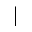
|